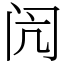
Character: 闶